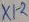
Text: X1-2